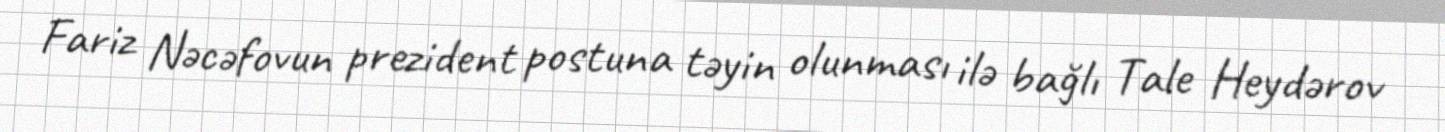
Fariz Nəcəfovun prezident postuna təyin olunması ilə bağlı Tale Heydərov